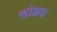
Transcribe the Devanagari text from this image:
लोडन